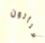
ستأتون